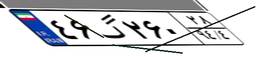
۰۵گ۲۰۲۲۷